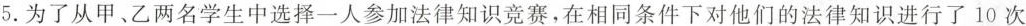
5.为了从甲、乙两名学生中选择一人参加法律知识竞赛,在相同条件下对他们的法律知识进行了10次